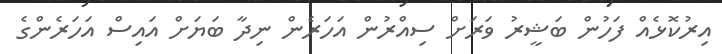
އިރުކޮޅެއް ފަހުން ބަޝީރު ވަރަށް ސިއްރުން އަހަރެން ނިދާ ބަޔަށް އައިސް އަހަރެންގެ